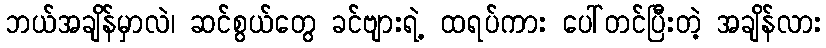
ဘယ်အချိန်မှာလဲ၊ ဆင်စွယ်တွေ ခင်ဗျားရဲ့ ထရပ်ကား ပေါ်တင်ပြီးတဲ့ အချိန်လား